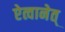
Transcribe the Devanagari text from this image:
ऐत्वानेत्